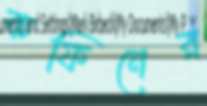
কফিনের